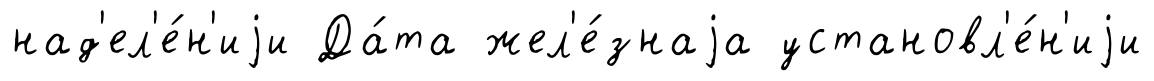
над'ел'е́н'иjи Да́та жел'е́знаjа установл'е́н'иjи